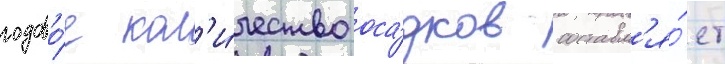
годово́е кол'и́чество оса́дков составл'я́ет